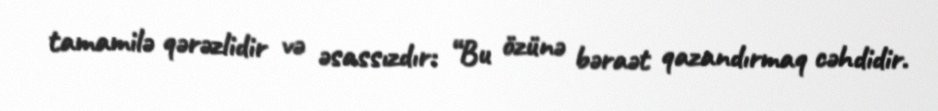
tamamilə qərəzlidir və əsassızdır: “Bu özünə bəraət qazandırmaq cəhdidir.